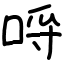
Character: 哷